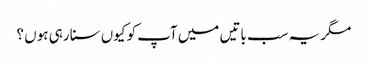
مگر یہ سب باتیں میں آپ کو کیوں سنا رہی ہوں ؟